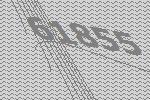
61855